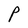
Character: P